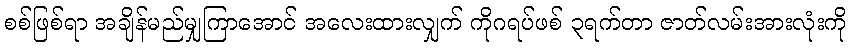
စစ်ဖြစ်ရာ အချိန်မည်မျှကြာအောင် အလေးထားလျှက် ကိုဂရပ်ဖစ် ၃ရက်တာ ဇာတ်လမ်းအားလုံးကို